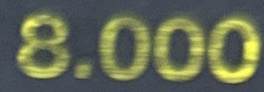
8.000